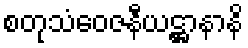
စတုသံဝေဇနီယဋ္ဌာနာနိ